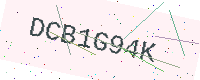
Text: DCB1G94K